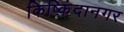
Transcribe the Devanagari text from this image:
किष्किंदानगर